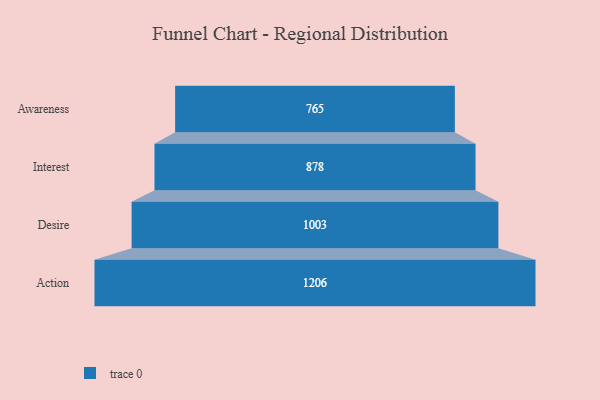
{"axis": {"x": "Stage", "y": "Value"}, "legend": [""], "data": [{"x": "Awareness", "y": 765.0, "type": ""}, {"x": "Interest", "y": 878.0, "type": ""}, {"x": "Desire", "y": 1003.0, "type": ""}, {"x": "Action", "y": 1206.0, "type": ""}]}